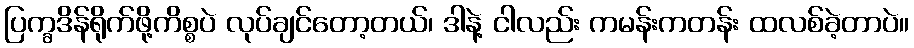
ပြက္ခဒိန်ရိုက်ဖို့ကိစ္စပဲ လုပ်ချင်တော့တယ်၊ ဒါနဲ့ ငါလည်း ကမန်းကတန်း ထလစ်ခဲ့တာပဲ။